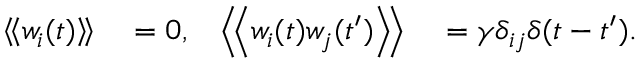
\begin{array} { r l r l } { \left\langle \! \left\langle w _ { i } ( t ) \right\rangle \! \right\rangle } & { { } = 0 , } & { \left\langle \! \left\langle w _ { i } ( t ) w _ { j } ( { t ^ { \prime } } ) \right\rangle \! \right\rangle } & { { } = \gamma \delta _ { i j } \delta ( t - { t ^ { \prime } } ) . } \end{array}